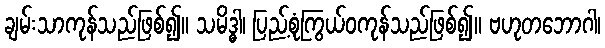
ချမ်းသာကုန်သည်ဖြစ်၍။ သမိဒ္ဓါ၊ ပြည့်စုံကြွယ်ဝကုန်သည်ဖြစ်၍။ ဗဟုတဘောဂါ၊